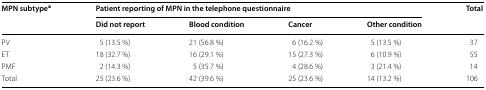
<table><thead><tr><td rowspan="2"><b>MPN subtype<sup>a</sup></b></td><td colspan="4"><b>Patient reporting of MPN in the telephone questionnaire</b></td><td rowspan="2"><b>Total</b></td></tr><tr><td><b>Did not report</b></td><td><b>Blood condition</b></td><td><b>Cancer</b></td><td><b>Other condition</b></td></tr></thead><tbody><tr><td>PV</td><td>5 (13.5 %)</td><td>21 (56.8 %)</td><td>6 (16.2 %)</td><td>5 (13.5 %)</td><td>37</td></tr><tr><td>ET</td><td>18 (32.7 %)</td><td>16 (29.1 %)</td><td>15 (27.3 %)</td><td>6 (10.9 %)</td><td>55</td></tr><tr><td>PMF</td><td>2 (14.3 %)</td><td>5 (35.7 %)</td><td>4 (28.6 %)</td><td>3 (21.4 %)</td><td>14</td></tr><tr><td>Total</td><td>25 (23.6 %)</td><td>42 (39.6 %)</td><td>25 (23.6 %)</td><td>14 (13.2 %)</td><td>106</td></tr></tbody></table>